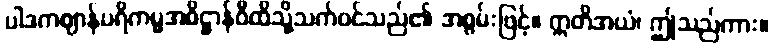
ပါဒကဈာန်ပရိကမ္မအဓိဋ္ဌာန်ဝီထိသို့သက်ဝင်သည်၏ အစွမ်းဖြင့်။ ဣတိအယံ၊ ဤသည်ကား။